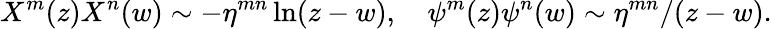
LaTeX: X^{m}(z)X^{n}(w)\sim-\eta^{mn}\ln(z-w),\quad\psi^{m}(z)\psi^{n}(w)\sim\eta^{mn}/(z-w).